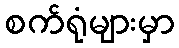
စက်ရုံများမှာ